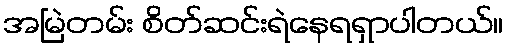
အမြဲတမ်း စိတ်ဆင်းရဲနေရရှာပါတယ်။